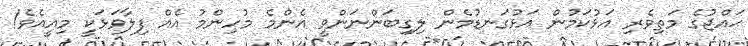
ޙައްޖުގެ މަތިވެރި އަޅުކަމުން އަޅުގަނޑުމެން ލިގިބަންނަންވީ އެންމެ މުހިންމު އެއް ފިލާވަޅަކީ މިއީއެވެ!